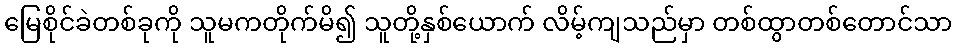
မြေစိုင်ခဲတစ်ခုကို သူမကတိုက်မိ၍ သူတို့နှစ်ယောက် လိမ့်ကျသည်မှာ တစ်ထွာတစ်တောင်သာ